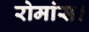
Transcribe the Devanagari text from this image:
रोमांस।